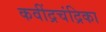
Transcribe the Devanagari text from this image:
कवींद्रचंद्रिका